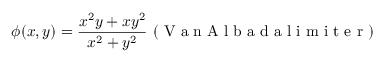
\phi ( x , y ) = \frac { x ^ { 2 } y + x y ^ { 2 } } { x ^ { 2 } + y ^ { 2 } } \mathrm { ~ ( ~ V ~ a ~ n ~ A ~ l ~ b ~ a ~ d ~ a ~ l ~ i ~ m ~ i ~ t ~ e ~ r ~ ) ~ }